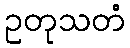
ဥတုသတံ